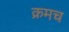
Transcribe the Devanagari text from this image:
क्रमच